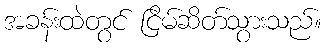
အခန်းထဲတွင် ငြိမ်ဆိတ်သွားသည်။